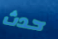
حدث